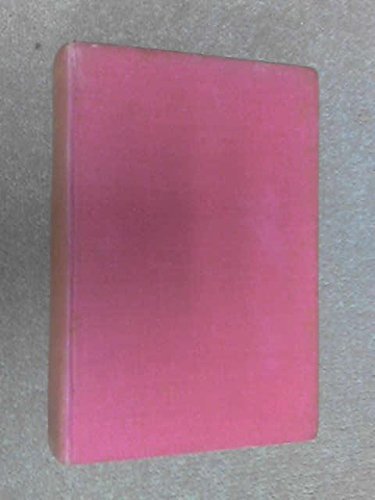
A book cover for Middle East: A Record of Travel in the Countries of Egypt, Palestine, Iraq, Turkey and Greece; H. V. Morton; Travel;